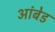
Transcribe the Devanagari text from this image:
आंबेड